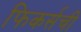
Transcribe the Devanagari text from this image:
फिकर्सची